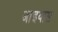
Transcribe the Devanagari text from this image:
आइवास